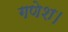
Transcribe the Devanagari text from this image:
गणेश।